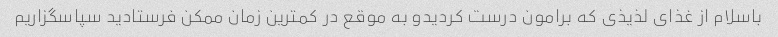
باسلام از غذای لذیذی که برامون درست کردیدو به موقع در کمترین زمان ممکن فرستادید سپاسگزاریم